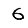
Digit: 6